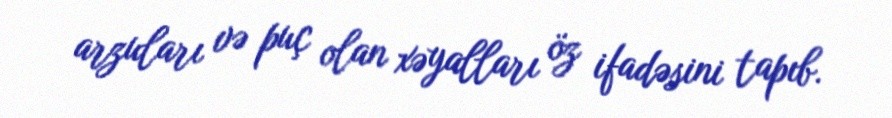
arzuları və puç olan xəyalları öz ifadəsini tapıb.